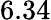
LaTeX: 6.34